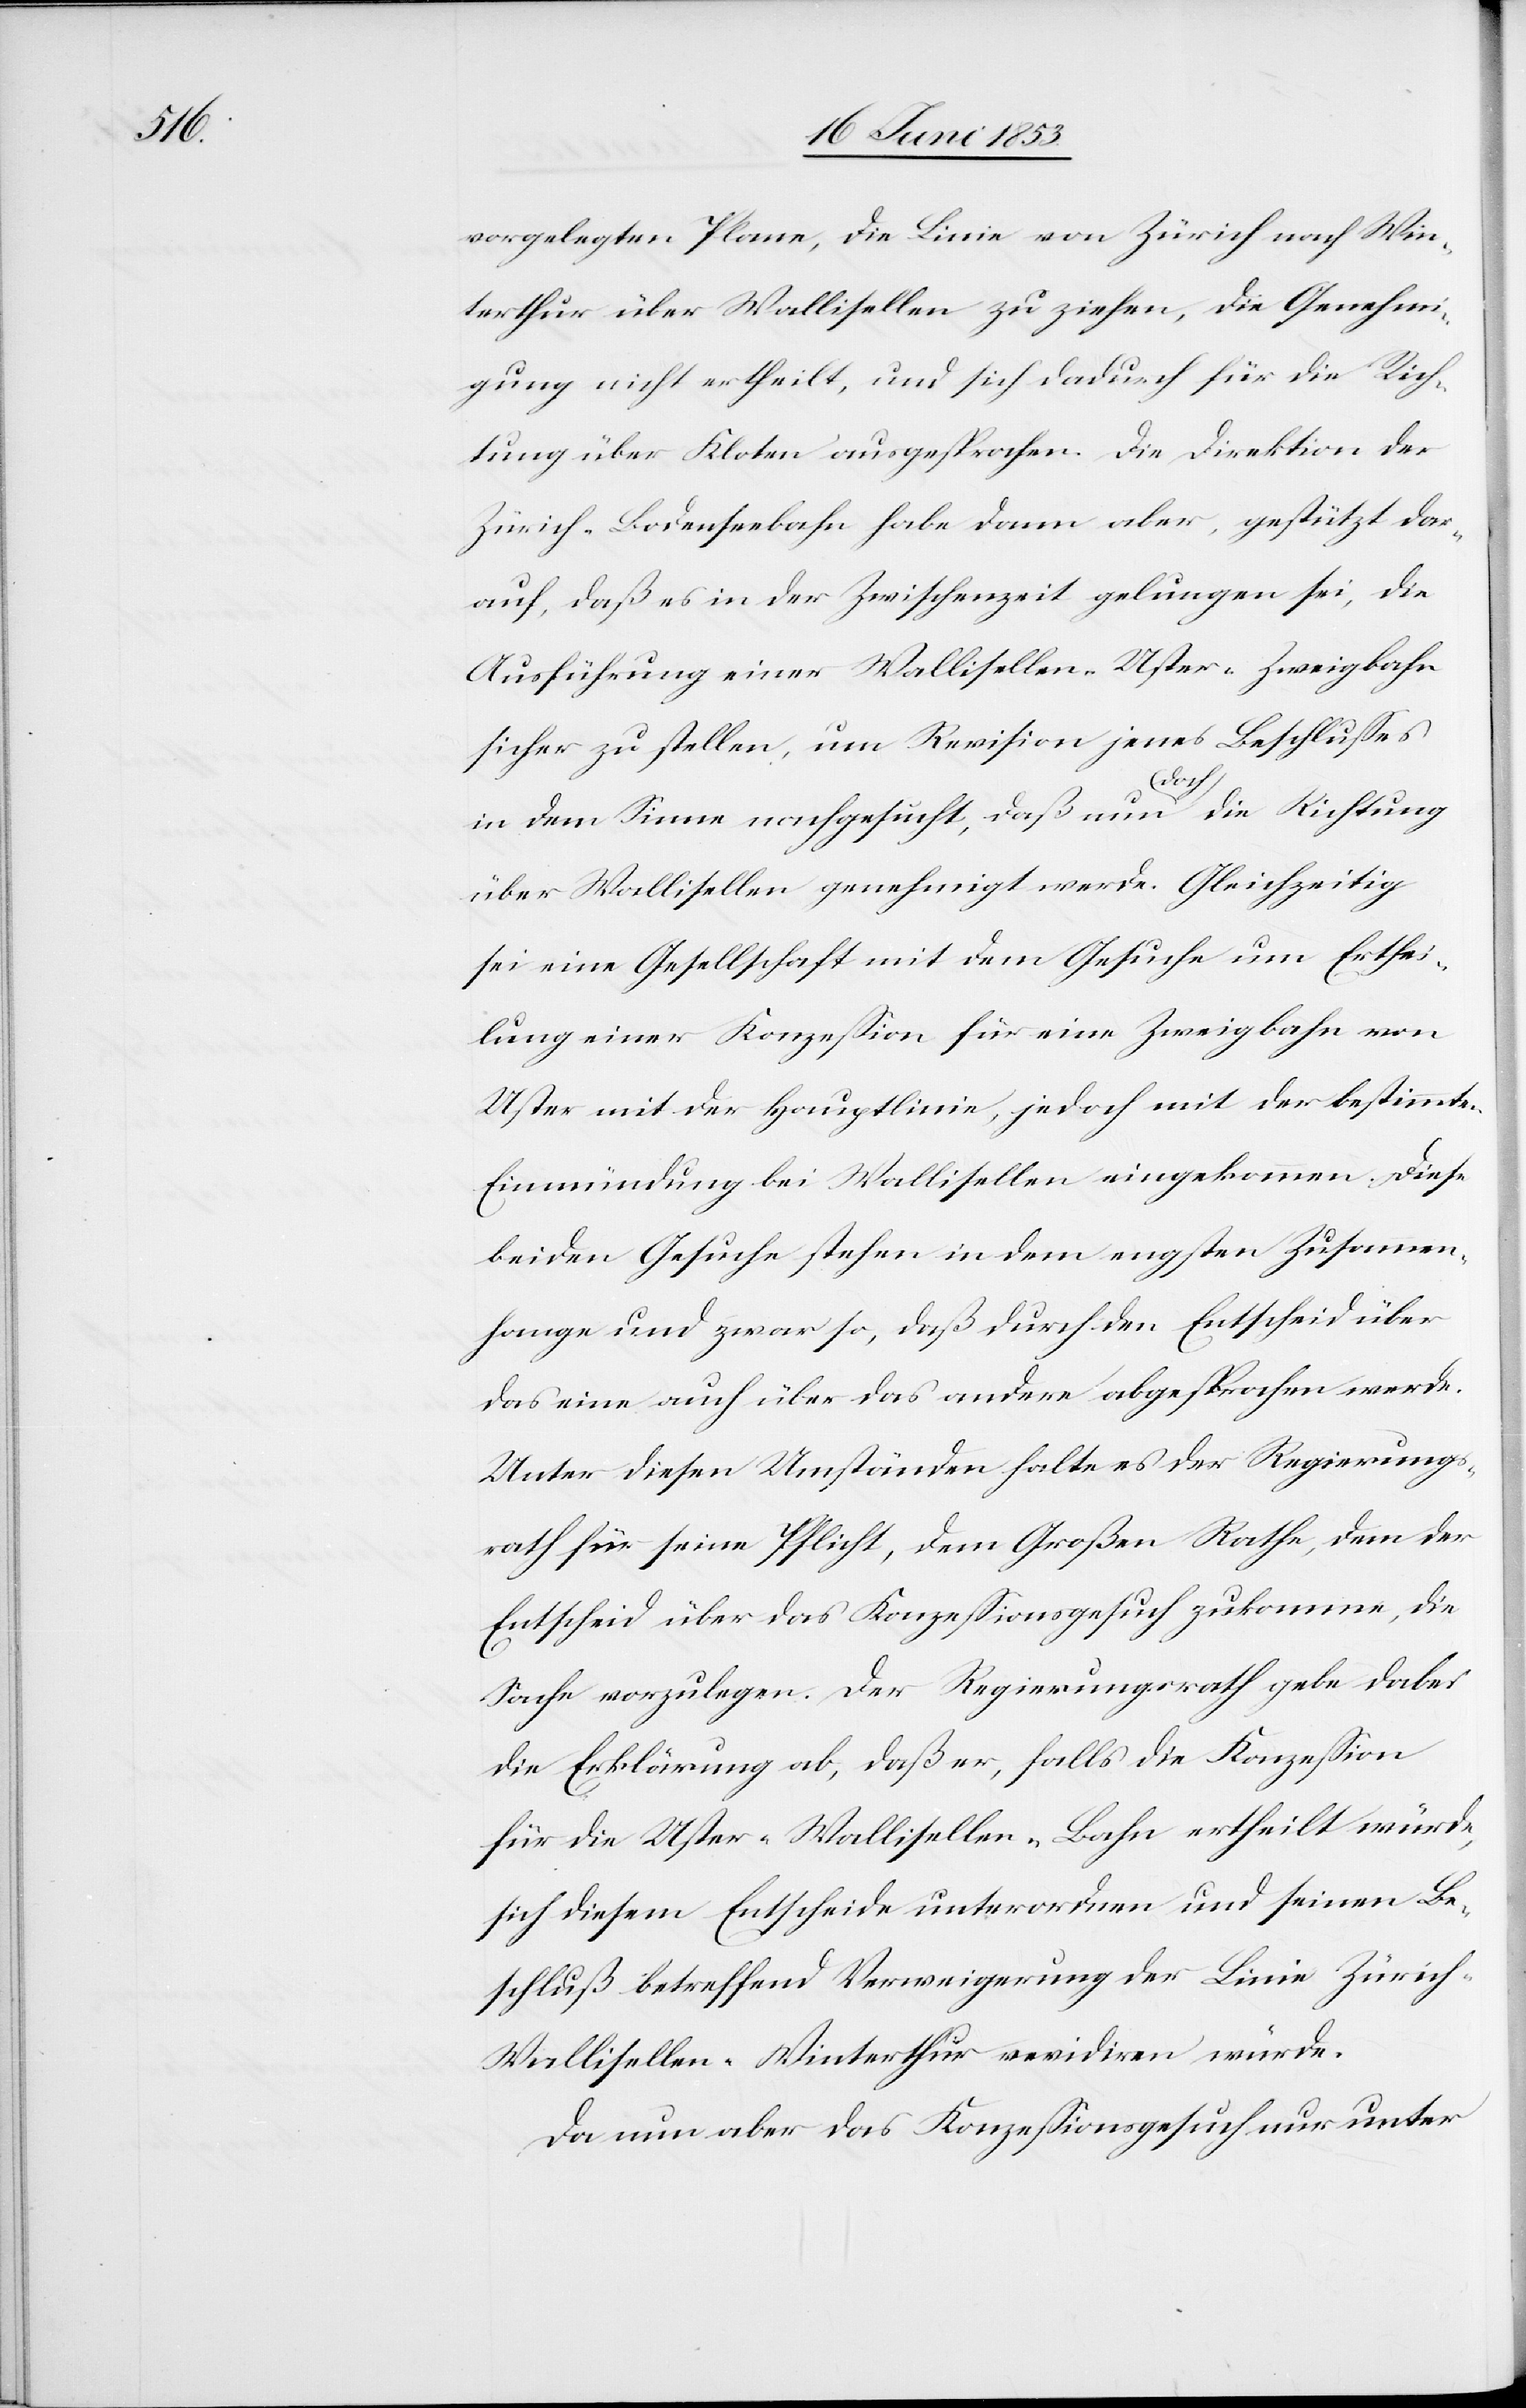
vorgelegten Plane, die Linie von Zürich nach Win¬
terthur über Wallisellen zu ziehen, die Genehmi¬
gung nicht ertheilt, und sich dadurch für die Rich¬
tung über Kloten ausgesprochen. Die Direktion der
Zürich-Bodenseebahn habe dann aber, gestützt dar¬
auf, daß es in der Zwischenzeit gelungen sei, die
Ausführung einer Wallisellen-Uster-Zweigbahn
sicher zu stellen, um Revision jenes Beschlußes
in dem Sinne nachgesucht, daß nun doch die Richtung
über Wallisellen genehmigt werde. Gleichzeitig
sei eine Gesellschaft mit dem Gesuche um Erthei¬
lung einer Konzeßion für eine Zweigbahn von
Uster mit der Hauptlinie, jedoch mit der bestimmten
Einmündung bei Wallisellen eingekommen. Diese
beiden Gesuche stehen in dem engsten Zusammen¬
hange und zwar so, daß durch den Entscheid über
das eine auch über das andere abgesprochen werde.
Unter diesen Umständen halte es der Regierungs¬
rath für seine Pflicht, dem Großen Rathe, dem der
Entscheid über das Konzeßionsgesuch zukomme, die
Sache vorzulegen. Der Regierungsrath gebe dabei
die Erklärung ab, daß er, falls die Konzeßion
für die Uster-Wallisellen-Bahn ertheilt würde,
sich diesem Entscheide untersuchen und seinen Be¬
schluß betreffend Verweigerung der Linie Züric¬
h-Wallisellen-Winterthur revidiren würde.
Da nun aber das Konzeßionsgesuch nur unter